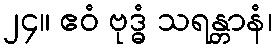
၂၄။ ဧဝံ ဗုဒ္ဓံ သရန္တာနံ၊